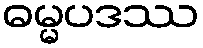
ဓမ္မပဒဿ